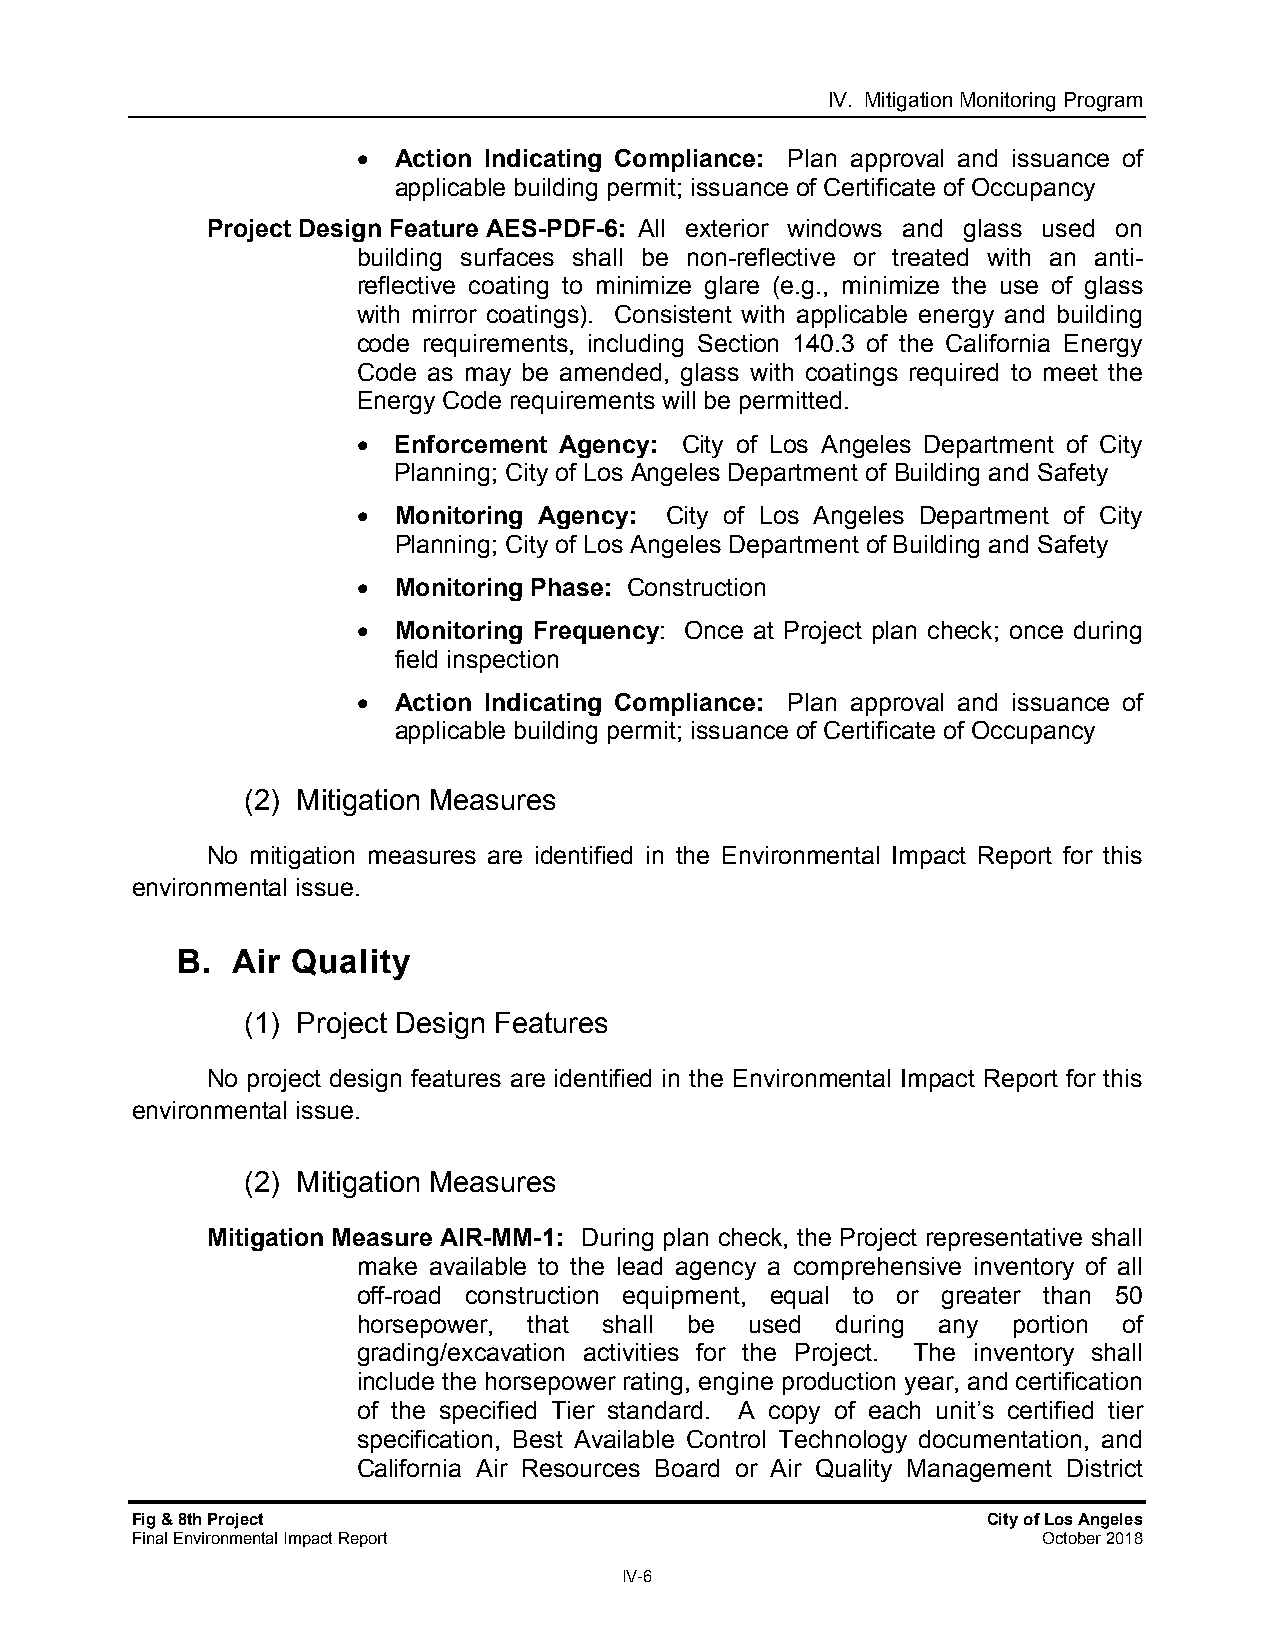
IV. Mitigation Monitoring Program
  Action Indicating Compliance: Plan approval and issuance of
 applicable building permit; issuance of Certificate of Occupancy
 Project Design Feature AES-PDF-6: All exterior windows and glass used on
 building surfaces shall be non-reflective or treated with an anti-
 reflective coating to minimize glare (e.g., minimize the use of glass
 with mirror coatings). Consistent with applicable energy and building
 code requirements, including Section 140.3 of the California Energy
 Code as may be amended, glass with coatings required to meet the
 Energy Code requirements will be permitted.
  Enforcement Agency: City of Los Angeles Department of City
 Planning; City of Los Angeles Department of Building and Safety
  Monitoring Agency: City of Los Angeles Department of City
 Planning; City of Los Angeles Department of Building and Safety
  Monitoring Phase: Construction
  Monitoring Frequency: Once at Project plan check; once during
 field inspection
  Action Indicating Compliance: Plan approval and issuance of
 applicable building permit; issuance of Certificate of Occupancy
 (2) Mitigation Measures
 No mitigation measures are identified in the Environmental Impact Report for this
 environmental issue.
 B. Air Quality
 (1) Project Design Features
 No project design features are identified in the Environmental Impact Report for this
 environmental issue.
 (2) Mitigation Measures
 Mitigation Measure AIR-MM-1: During plan check, the Project representative shall
 make available to the lead agency a comprehensive inventory of all
 off-road construction equipment, equal to or greater than 50
 horsepower, that shall be used during any  portion of
 grading/excavation activities for the Project. The inventory shall
 include the horsepower rating, engine production year, and certification
 of the specified Tier standard. A copy of each unit’s certified tier
 specification, Best Available Control Technology documentation, and
 California Air Resources Board or Air Quality Management District
 Fig & 8th Project                                       City of Los Angeles
 Final Environmental Impact Report                           October 2018
 IV-6